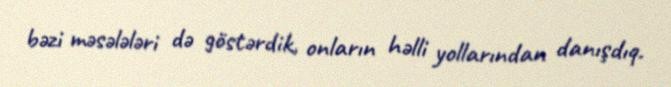
bəzi məsələləri də göstərdik, onların həlli yollarından danışdıq.